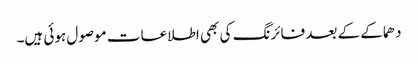
دھماکے کے بعد فائرنگ کی بھی اطلاعات موصول ہوئی ہیں۔